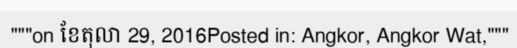
"""on ខែតុលា 29, 2016Posted in: Angkor, Angkor Wat,"""